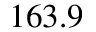
1 6 3 . 9